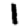
Digit: 1